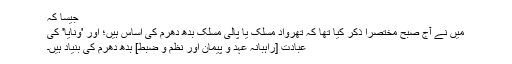
جیسا کہ
میں نے آج صبح مختصراً ذکر کیا تھا کہ تھرواد مسلک یا پالی مسلک بدھ دھرم کی اساس ہیں؛ اور 'ونایا' کی
عبادت [راہبانہ عہد و پیمان اور نظم و ضبط] بدھ دھرم کی بنیاد ہیں۔